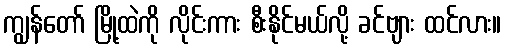
ကျွန်တော် မြို့ထဲကို လိုင်းကား စီးနိုင်မယ်လို့ ခင်ဗျား ထင်လား။